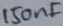
Text: 150nF